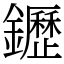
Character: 䥶